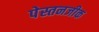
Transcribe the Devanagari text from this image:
पेस्तनजीक